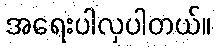
အရေးပါလှပါတယ်။